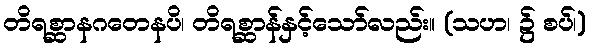
တိရစ္ဆာနဂတေနပိ၊ တိရစ္ဆာန်နှင့်သော်လည်း။ (သဟ၊ ၌ စပ်၊)